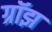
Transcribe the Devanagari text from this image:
ग्रॉझ